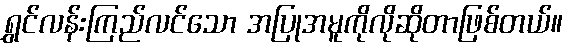
ရွှင်လန်းကြည်လင်သော အပြုအမူကိုလိုဆိုတာဖြစ်တယ်။